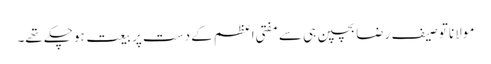
مولانا توصیف رضا بچپن ہی سے مفتی اعظم کے دست پر بیعت ہوچکے تھے۔